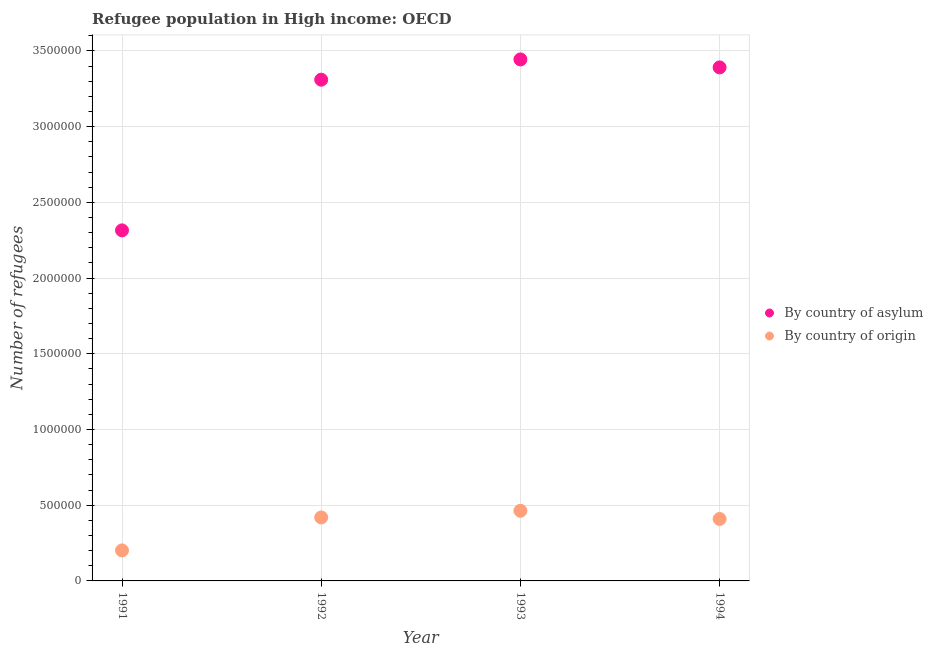
| Year | By country of asylum | By country of origin |
 | --- | --- | --- |
 | 1991 | 2.32e+06 | 2.02e+05 |
 | 1992 | 3.31e+06 | 4.19e+05 |
 | 1993 | 3.44e+06 | 4.63e+05 |
 | 1994 | 3.39e+06 | 4.09e+05 |